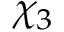
\chi _ { 3 }